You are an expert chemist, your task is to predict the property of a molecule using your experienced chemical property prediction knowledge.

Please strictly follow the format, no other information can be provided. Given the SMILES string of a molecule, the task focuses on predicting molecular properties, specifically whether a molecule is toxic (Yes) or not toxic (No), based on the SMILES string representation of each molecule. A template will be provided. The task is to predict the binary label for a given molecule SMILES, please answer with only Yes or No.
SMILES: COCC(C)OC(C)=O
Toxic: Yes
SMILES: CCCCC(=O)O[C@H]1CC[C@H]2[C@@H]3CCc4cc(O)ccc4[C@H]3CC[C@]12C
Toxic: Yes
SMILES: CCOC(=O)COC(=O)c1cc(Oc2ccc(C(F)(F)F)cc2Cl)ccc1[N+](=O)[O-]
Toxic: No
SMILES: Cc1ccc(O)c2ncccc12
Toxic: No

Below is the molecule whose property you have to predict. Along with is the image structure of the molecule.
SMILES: CCOC(=O)OCC
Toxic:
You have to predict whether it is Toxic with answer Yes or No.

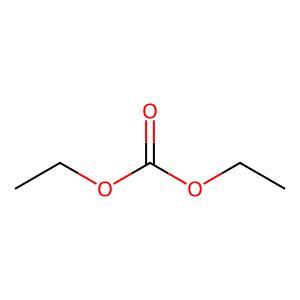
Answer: No